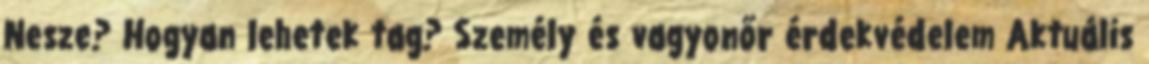
Nesze? Hogyan lehetek tag? Személy és vagyonőr érdekvédelem Aktuális